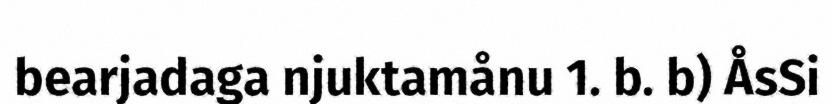
bearjadaga njuktamånu 1. b. b) ÅsSi